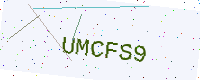
Text: UMCFS9